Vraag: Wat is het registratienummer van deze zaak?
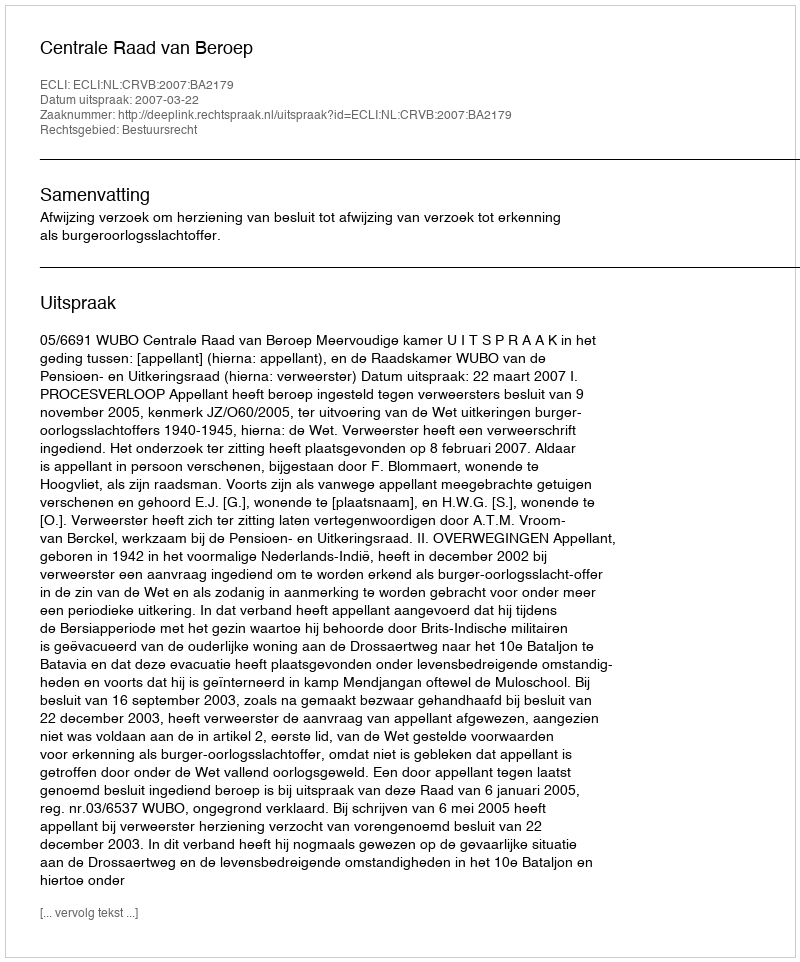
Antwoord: http://deeplink.rechtspraak.nl/uitspraak?id=ECLI:NL:CRVB:2007:BA2179